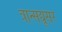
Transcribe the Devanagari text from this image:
त्रान्सद्यूसर